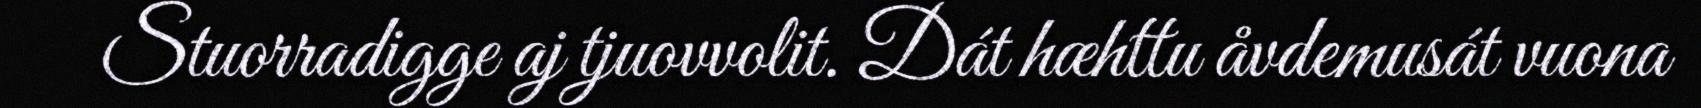
Stuorradigge aj tjuovvolit. Dát hæhttu åvdemusát vuona